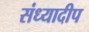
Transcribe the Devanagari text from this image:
संध्यादीप